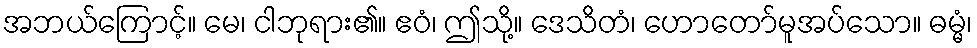
အဘယ်ကြောင့်။ မေ၊ ငါဘုရား၏။ ဧဝံ၊ ဤသို့။ ဒေသိတံ၊ ဟောတော်မူအပ်သော။ ဓမ္မံ၊